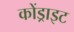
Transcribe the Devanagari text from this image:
कोंड्राइट